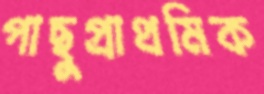
পাছুপ্রাথমিক